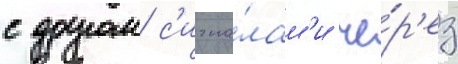
с другом с'игна́лам'и че́р'ез